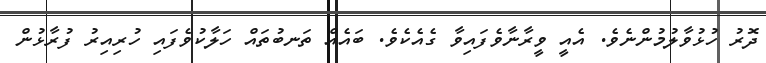
ދޮރު ހުޅުވާލުމުންނެވެ. އެއީ ވީރާނާވެފައިވާ ގެއެކެވެ. ބައެއް ތަނބުތައް ހަލާކުވެފައި ހުރިއިރު ފުރާޅުން